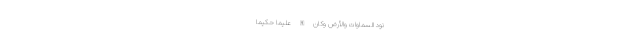
ُنُودُ السَّمَاوَاتِ وَالْأَرْضِ وَكَانَ اللَّهُ عَلِيمًا حَكِيمًا